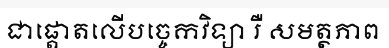
ជាផ្តោតលើបច្ចេកវិទ្យា រឺ សមត្ថភាព